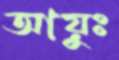
আয়ুঃ